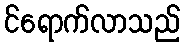
င်ရောက်လာသည်